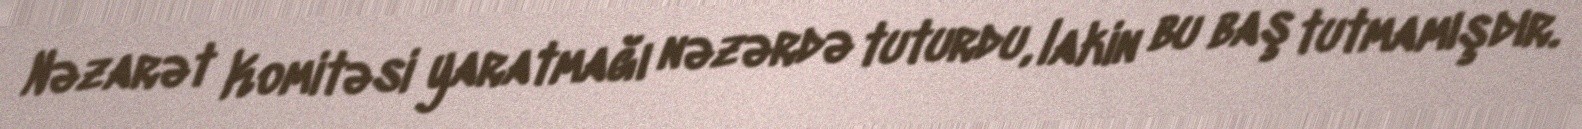
Nəzarət Komitəsi yaratmağı nəzərdə tuturdu, lakin bu baş tutmamışdır.